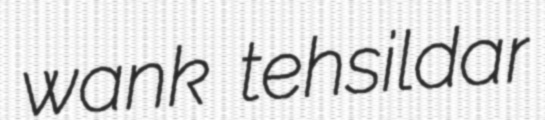
wank tehsildar